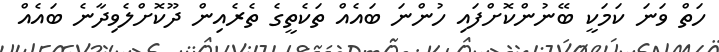
ހަތް ވަނަ ކަމަކީ ބޭނުންކޮށްފައި ހުންނަ ބައެއް ތަކެތީގެ ތެރެއިން ދޫކޮށްލެވިދާނެ ބައެއް